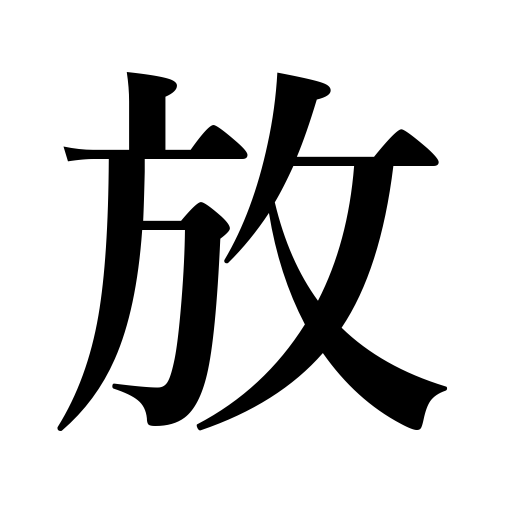
Meanings: let alone,give out,toss,banish,throw,hurl,set free,circulate rumors,neglect,let go,release,free oneself from,fire,emit,set fire to,liberate,shoot,disengage,give up